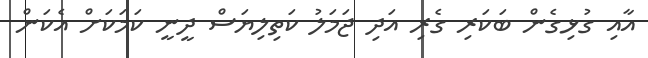
އާއި ގުޅިގެން ބަކަރި ގެރި އަދި ޖަމަލު ކަތިލިޔަސް ދީނީ ކަމަކަށް އެކަން